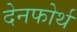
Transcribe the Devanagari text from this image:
देनफोर्थ